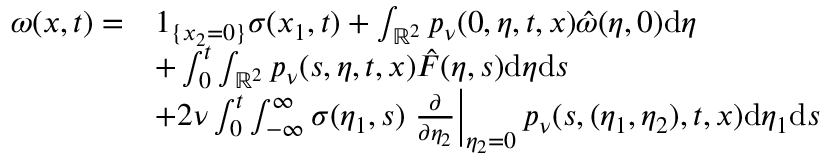
\begin{array} { r l } { \omega ( x , t ) = } & { 1 _ { \{ x _ { 2 } = 0 \} } \sigma ( x _ { 1 } , t ) + \int _ { \mathbb { R } ^ { 2 } } p _ { \nu } ( 0 , \eta , t , x ) \hat { \omega } ( \eta , 0 ) \mathrm { d } \eta } \\ & { + \int _ { 0 } ^ { t } \int _ { \mathbb { R } ^ { 2 } } p _ { \nu } ( s , \eta , t , x ) \hat { F } ( \eta , s ) \mathrm { d } \eta \mathrm { d } s } \\ & { + 2 \nu \int _ { 0 } ^ { t } \int _ { - \infty } ^ { \infty } \sigma ( \eta _ { 1 } , s ) \left. \frac { \partial } { \partial \eta _ { 2 } } \right| _ { \eta _ { 2 } = 0 } p _ { \nu } ( s , ( \eta _ { 1 } , \eta _ { 2 } ) , t , x ) \mathrm { d } \eta _ { 1 } \mathrm { d } s } \end{array}